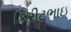
કિરીટભાઇ